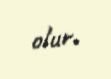
olur.